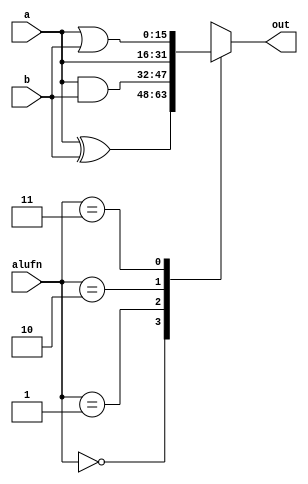
/*
   This file was generated automatically by Alchitry Labs version 1.2.7.
   Do not edit this file directly. Instead edit the original Lucid source.
   This is a temporary file and any changes made to it will be destroyed.
*/

module bool_12 (
    input [15:0] a,
    input [15:0] b,
    input [1:0] alufn,
    output reg [15:0] out
  );
  
  
  
  always @* begin
    
    case (alufn)
      1'h0: begin
        out = a ^ b;
      end
      1'h1: begin
        out = a & b;
      end
      2'h2: begin
        out = a;
      end
      2'h3: begin
        out = a | b;
      end
      default: begin
        out = 16'h0000;
      end
    endcase
  end
endmodule